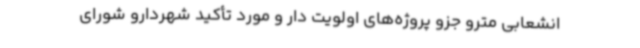
انشعابی مترو جزو پروژه‌های اولویت دار و مورد تأکید شهردارو شورای